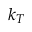
k _ { T }